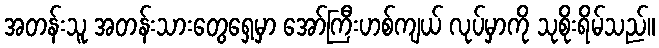
အတန်းသူ အတန်းသားတွေရှေ့မှာ အော်ကြီးဟစ်ကျယ် လုပ်မှာကို သုစိုးရိမ်သည်။